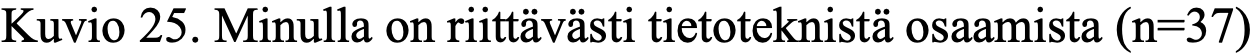
Kuvio 25. Minulla on riittävästi tietoteknistä osaamista (n=37)